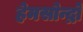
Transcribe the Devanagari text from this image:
हेमसोन्द्रो